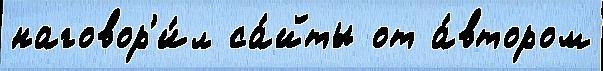
наговор'и́л са́йты от а́втором